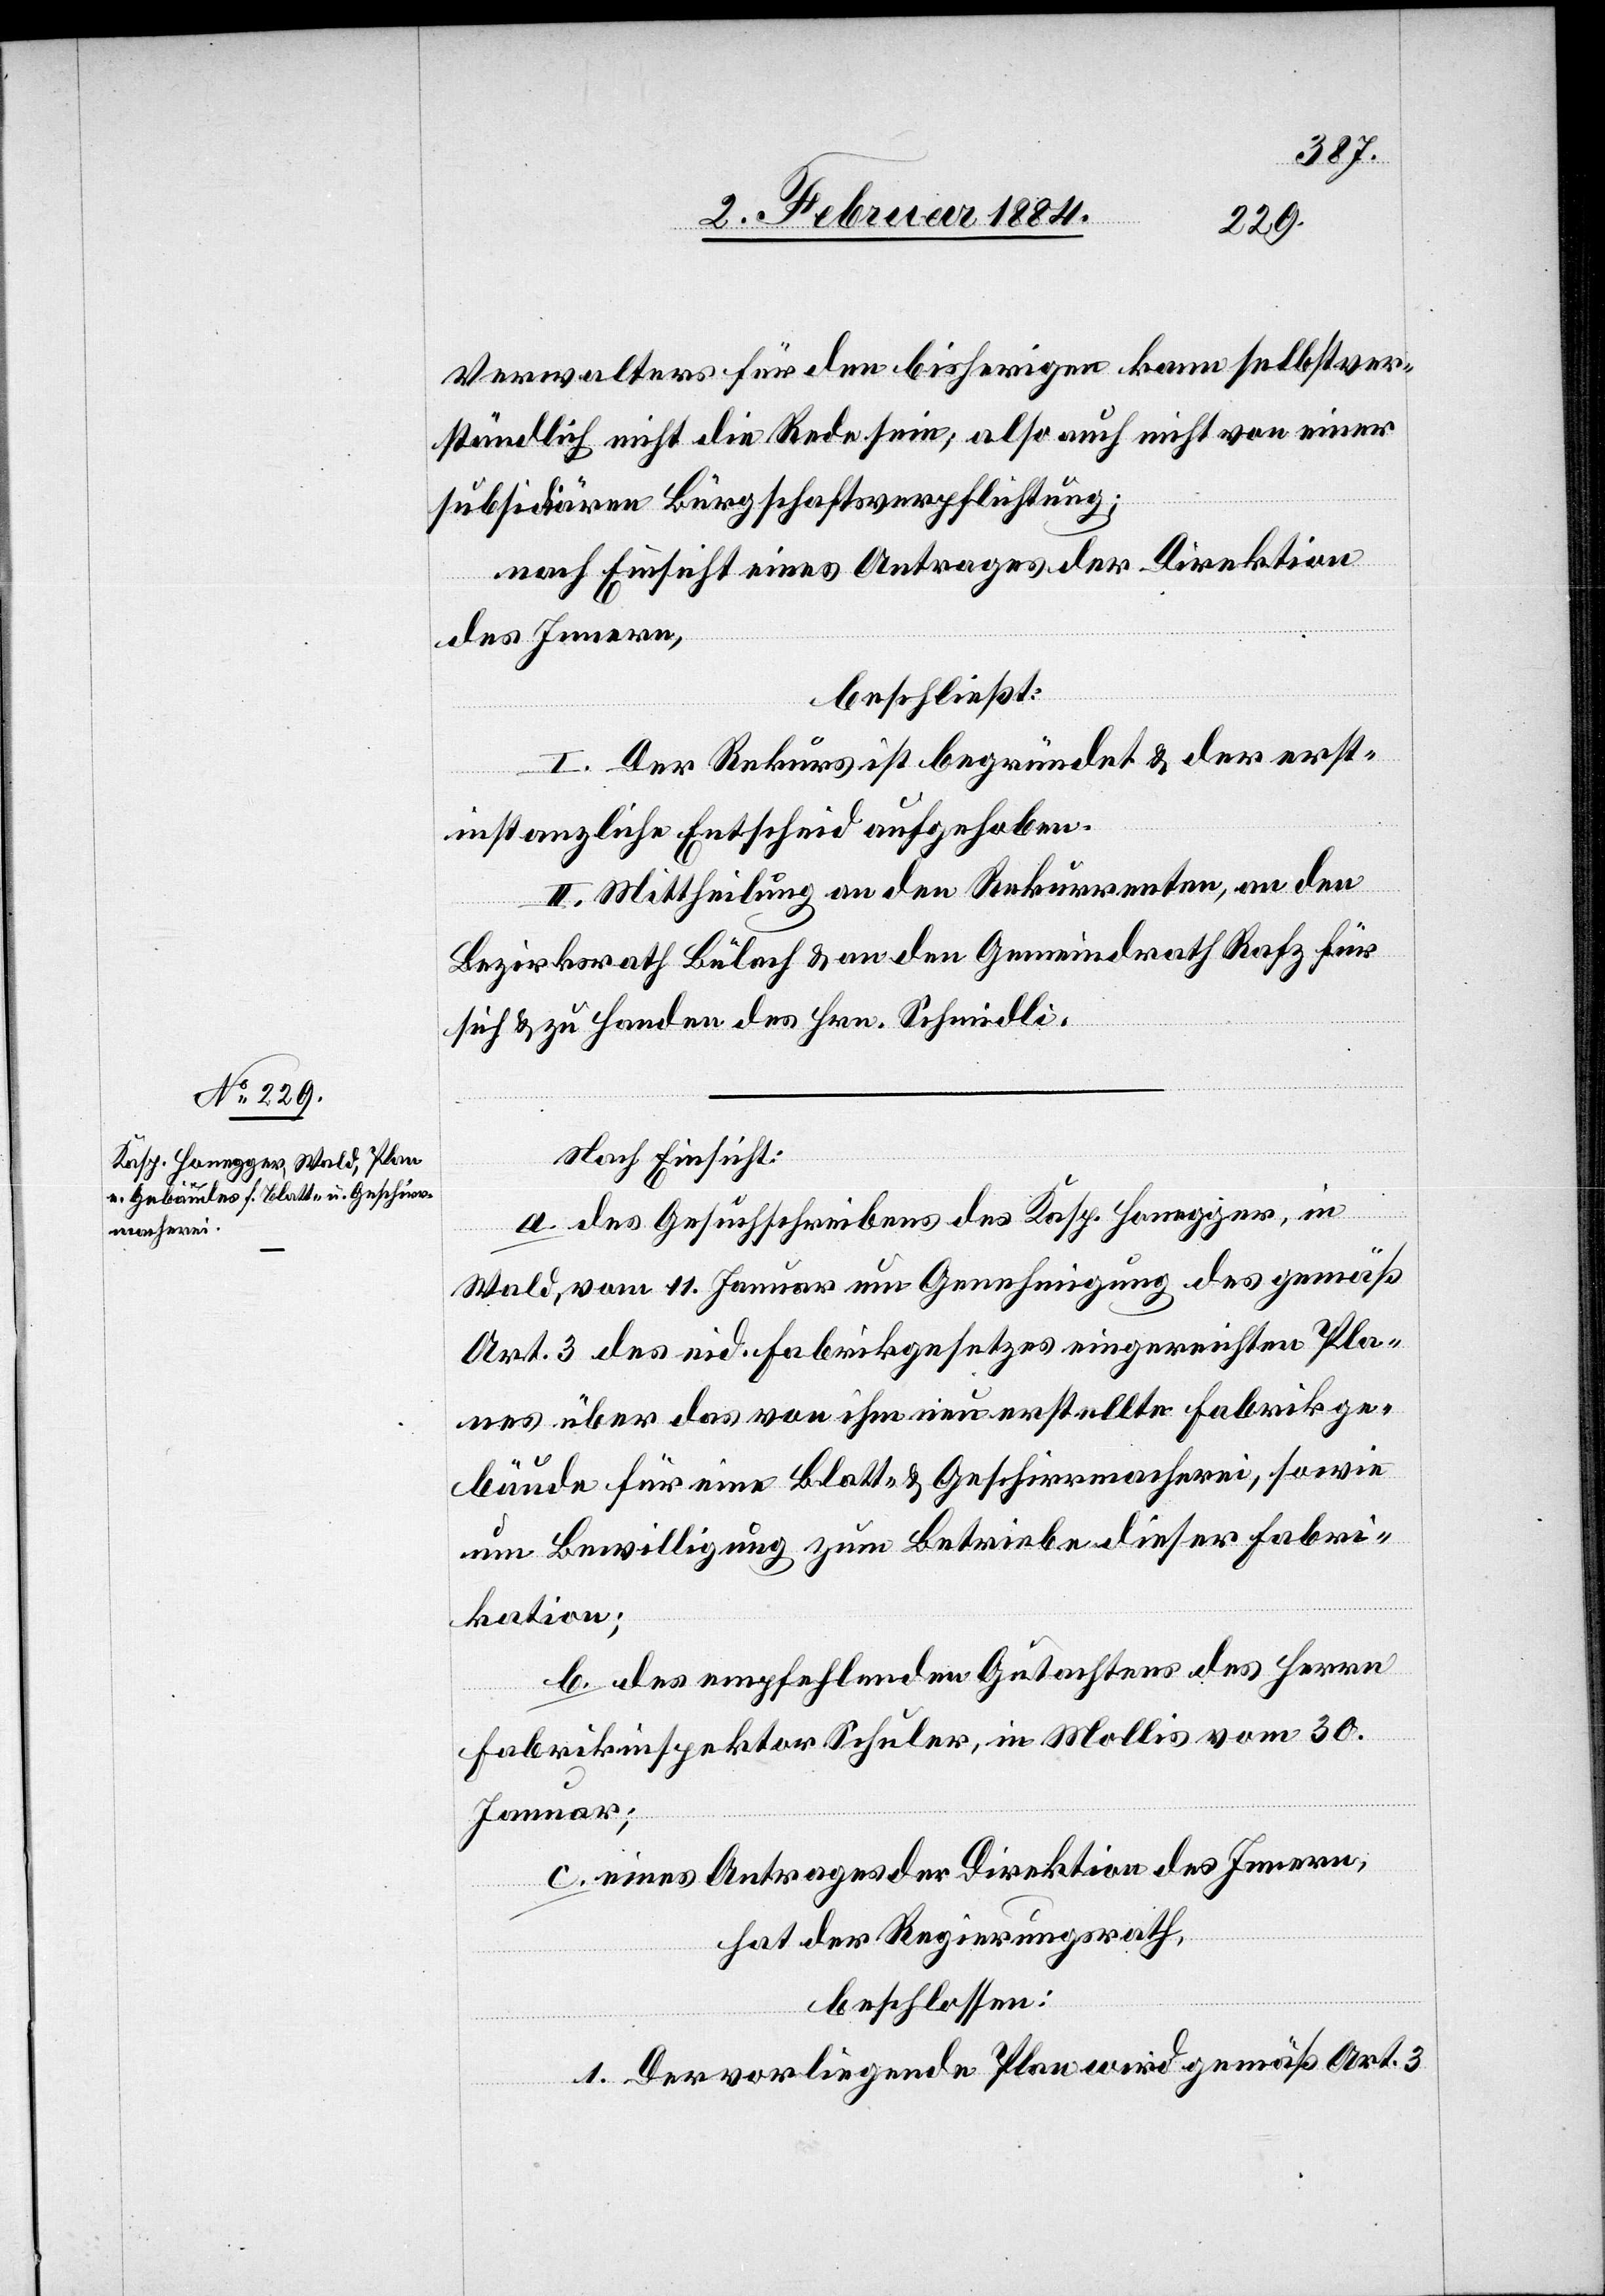
Verwalters für den bisherigen kann selbstver¬
ständlich nicht die Rede sein; also auch nicht von einer
subsidiären Bürgschaftsverpflichtung;
nach Einsicht eines Antrages der Direktion
des Innern,
beschließt:
I. Der Rekurs ist begründet & der erst¬
instanzliche Entscheid aufgehoben.
II. Mittheilung an den Rekurrenten, an den
Bezirksrath Bülach & an den Gemeindrath Rafz für
sich & zu Handen des Hrn. Schmidli.
Nach Einsicht:
a. des Gesuchschreibens des Kasp. Honegger, in
Wald, vom 11. Januar um Genehmigung des gemäß
Art. 3 des eid. Fabrikgesetzes eingereichten Pla¬
nes über das von ihm neu erstellte Fabrikge¬
bäude für eine Blatt- & Geschirrmacherei, sowie
um Bewilligung zum Betreibe dieser Fabri¬
kation;
b. des empfehlenden Gutachtens des Herrn
Fabrikinspektor Schuler, in Mollis vom 30.
Januar;
c. eines Antrages der Direktion des Innern,
hat der Regierungsrath,
beschlossen:
1. Der vorliegende Plan wird gemäß Art. 3